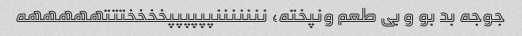
جوجه بد بو و بی طعم ونپخته، نننننننپپپپپپخخخختتتهههههه